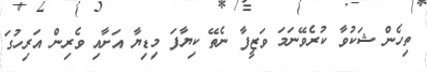
ތިހެން ޝަކުވާ ކުރެވޭނަމަ ވަޒީފާ ނެތޭ ކިޔާފަ މިޑިޔާ އަށާއި ވެރިން އަރިހުގަ